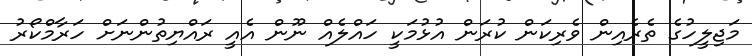
މަޖިލީހުގެ ތެރެއިން ވެރިކަން ކުރަން އުޅުމަކީ ހައްލެއް ނޫން އެއީ ރައްޔިތުންނަށް ހަރާމްކޯރު